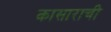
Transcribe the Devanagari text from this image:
कासाराची